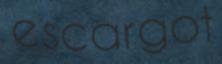
escargot